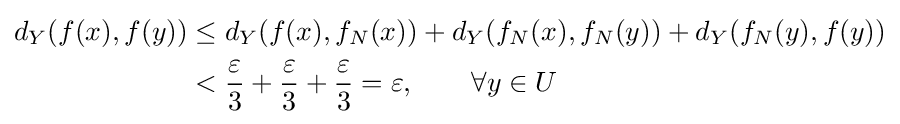
{\begin{aligned}d_{Y}(f(x),f(y))&\leq d_{Y}(f(x),f_{N}(x))+d_{Y}(f_{N}(x),f_{N}(y))+d_{Y}(f_{N}(y),f(y))\\&<{\frac {\varepsilon }{3}}+{\frac {\varepsilon }{3}}+{\frac {\varepsilon }{3}}=\varepsilon ,\qquad \forall y\in U\end{aligned}}